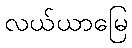
လယ်ယာမြေ